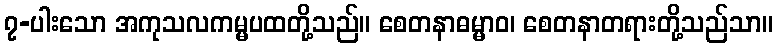
၇-ပါးသော အကုသလကမ္မပထတို့သည်။ စေတနာဓမ္မာဝ၊ စေတနာတရားတို့သည်သာ။